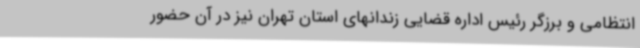
انتظامی و برزگر رئیس اداره قضایی زندانهای استان تهران نیز در آن حضور